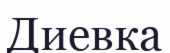
Диевка